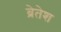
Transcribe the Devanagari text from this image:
ब्रेतेश